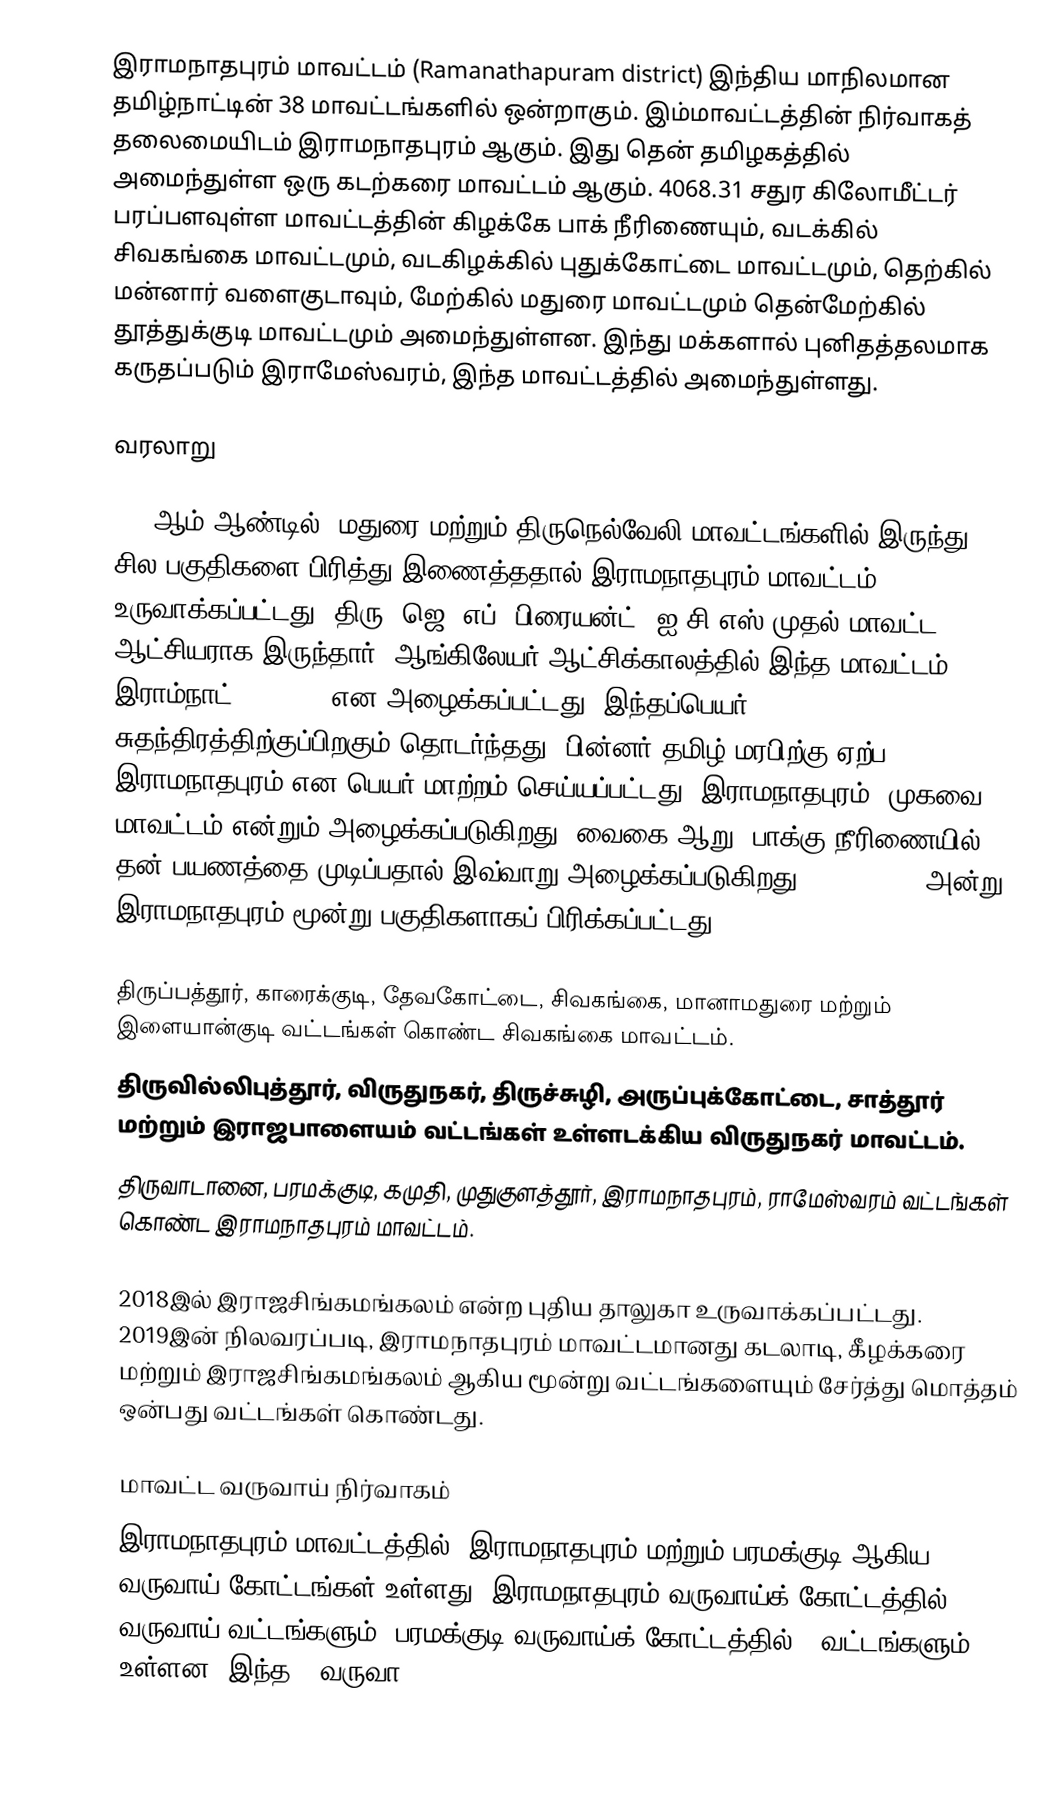
இராமநாதபுரம் மாவட்டம் (Ramanathapuram district) இந்திய மாநிலமான தமிழ்நாட்டின் 38 மாவட்டங்களில் ஒன்றாகும். இம்மாவட்டத்தின் நிர்வாகத் தலைமையிடம் இராமநாதபுரம் ஆகும். இது தென் தமிழகத்தில் அமைந்துள்ள ஒரு கடற்கரை மாவட்டம் ஆகும். 4068.31 சதுர கிலோமீட்டர் பரப்பளவுள்ள மாவட்டத்தின் கிழக்கே பாக் நீரிணையும், வடக்கில் சிவகங்கை மாவட்டமும், வடகிழக்கில் புதுக்கோட்டை மாவட்டமும், தெற்கில் மன்னார் வளைகுடாவும், மேற்கில் மதுரை மாவட்டமும் தென்மேற்கில் தூத்துக்குடி மாவட்டமும் அமைந்துள்ளன. இந்து மக்களால் புனிதத்தலமாக கருதப்படும் இராமேஸ்வரம், இந்த மாவட்டத்தில் அமைந்துள்ளது.

வரலாறு

1910ஆம் ஆண்டில், மதுரை மற்றும் திருநெல்வேலி மாவட்டங்களில் இருந்து சில பகுதிகளை பிரித்து இணைத்ததால் இராமநாதபுரம்  மாவட்டம்  உருவாக்கப்பட்டது. திரு. ஜெ. எப். பிரையன்ட், ஐ.சி.எஸ் முதல் மாவட்ட ஆட்சியராக இருந்தார். ஆங்கிலேயர் ஆட்சிக்காலத்தில் இந்த மாவட்டம் இராம்நாட் (Ramnad) என அழைக்கப்பட்டது. இந்தப்பெயர் சுதந்திரத்திற்குப்பிறகும் தொடர்ந்தது. பின்னர் தமிழ் மரபிற்கு ஏற்ப இராமநாதபுரம் என பெயர் மாற்றம் செய்யப்பட்டது. இராமநாதபுரம், முகவை மாவட்டம் என்றும் அழைக்கப்படுகிறது. வைகை ஆறு, பாக்கு நீரிணையில் தன் பயணத்தை முடிப்பதால் இவ்வாறு அழைக்கப்படுகிறது. 15.03.1985 அன்று, இராமநாதபுரம்  மூன்று பகுதிகளாகப் பிரிக்கப்பட்டது:

 திருப்பத்தூர், காரைக்குடி, தேவகோட்டை, சிவகங்கை, மானாமதுரை மற்றும் இளையான்குடி வட்டங்கள் கொண்ட சிவகங்கை மாவட்டம்.
 திருவில்லிபுத்தூர், விருதுநகர், திருச்சுழி, அருப்புக்கோட்டை, சாத்தூர் மற்றும் இராஜபாளையம் வட்டங்கள் உள்ளடக்கிய விருதுநகர் மாவட்டம்.
 திருவாடானை, பரமக்குடி, கமுதி, முதுகுளத்தூர், இராமநாதபுரம், ராமேஸ்வரம் வட்டங்கள் கொண்ட இராமநாதபுரம் மாவட்டம்.

2018இல் இராஜசிங்கமங்கலம் என்ற புதிய தாலுகா உருவாக்கப்பட்டது. 2019இன் நிலவரப்படி,  இராமநாதபுரம் மாவட்டமானது கடலாடி, கீழக்கரை மற்றும் இராஜசிங்கமங்கலம் ஆகிய மூன்று வட்டங்களையும் சேர்த்து மொத்தம் ஒன்பது வட்டங்கள் கொண்டது.

மாவட்ட வருவாய் நிர்வாகம்
இராமநாதபுரம் மாவட்டத்தில், இராமநாதபுரம் மற்றும் பரமக்குடி ஆகிய 2 வருவாய் கோட்டங்கள் உள்ளது. இராமநாதபுரம் வருவாய்க் கோட்டத்தில் 5 வருவாய் வட்டங்களும், பரமக்குடி வருவாய்க் கோட்டத்தில் 4 வட்டங்களும் உள்ளன. இந்த 9 வருவா